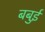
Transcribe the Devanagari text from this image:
बबुई